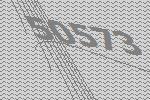
50573